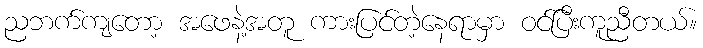
ညဘက်ကျတော့ အဖေနဲ့အတူ ကားပြင်တဲ့နေရာမှာ ဝင်ပြီးကူညီတယ်။